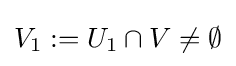
V_{1}:=U_{1}\cap V\neq \emptyset